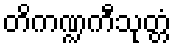
တိကဏ္ဍကီသုတ္တံ